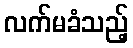
လက်မခံသည့်